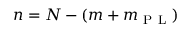
n = N - ( m + m _ { \mathrm { ~ P ~ L ~ } } )